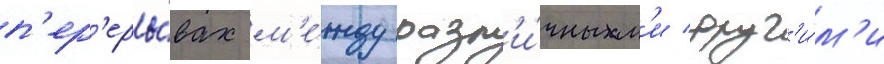
п'ер'еры́вах м'е́жду разл'и́чным'и друг'и́м'и